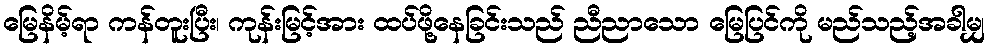
မြေနိမ့်ရာ ကန်တူးပြီး၊ ကုန်းမြင့်အား ထပ်ဖို့နေခြင်းသည် ညီညာသော မြေပြင်ကို မည်သည့်အခါမျှ